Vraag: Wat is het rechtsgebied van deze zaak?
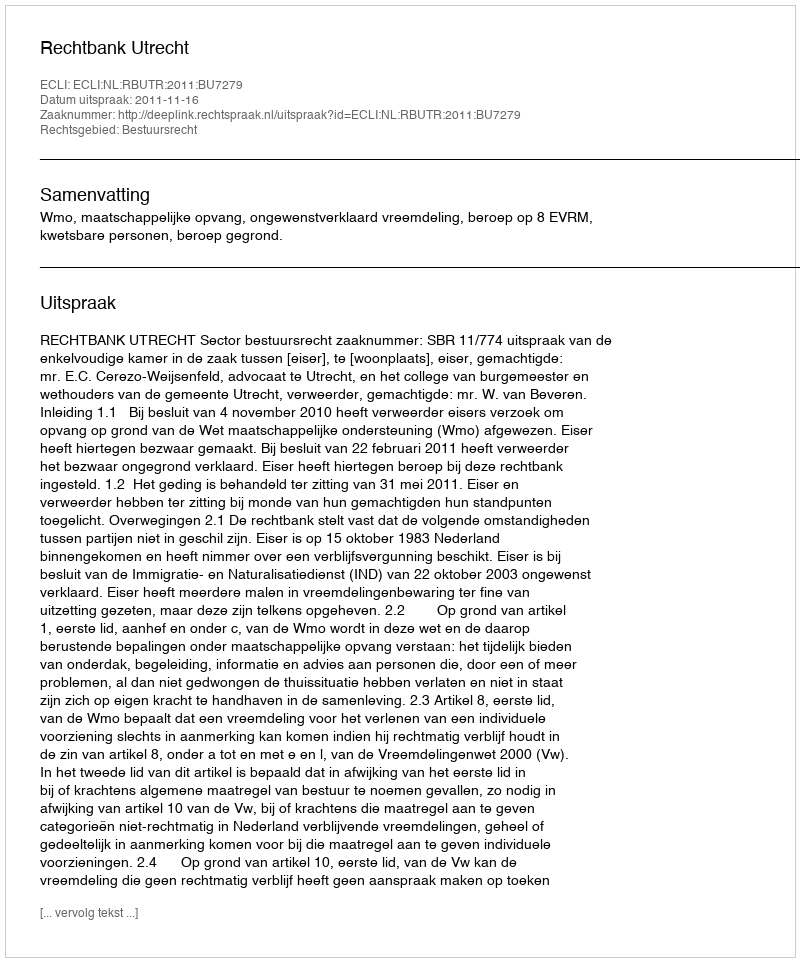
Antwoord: Bestuursrecht